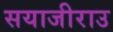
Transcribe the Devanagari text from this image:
सयाजीराउ